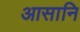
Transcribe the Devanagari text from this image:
आसानि